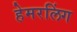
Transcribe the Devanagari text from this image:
हेमरलिंग